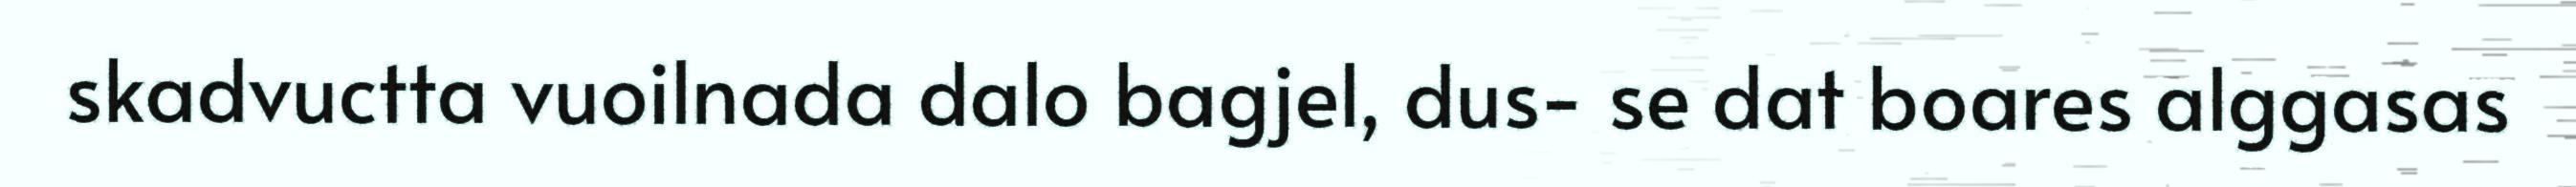
skadvuctta vuoilnada dalo bagjel, dus- se dat boares alggasas